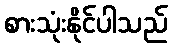
စားသုံးနိုင်ပါသည်